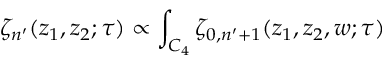
\zeta _ { n ^ { \prime } } ( z _ { 1 } , z _ { 2 } ; \tau ) \propto \int _ { C _ { 4 } } \zeta _ { 0 , n ^ { \prime } + 1 } ( z _ { 1 } , z _ { 2 } , w ; \tau )